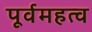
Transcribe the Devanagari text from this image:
पूर्वमहत्व